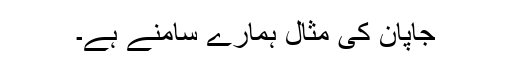
جاپان کی مثال ہمارے سامنے ہے۔